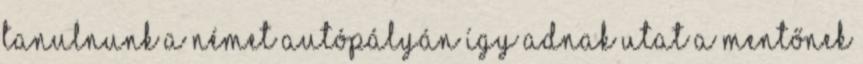
tanulnunk a német autópályán így adnak utat a mentőnek